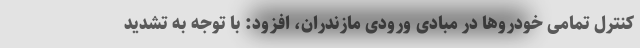
کنترل تمامی خودروها در مبادی ورودی مازندران، افزود: با توجه به تشدید